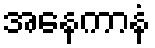
အနေကာနံ